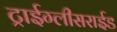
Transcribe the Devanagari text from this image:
ट्राईग्लीसराईड